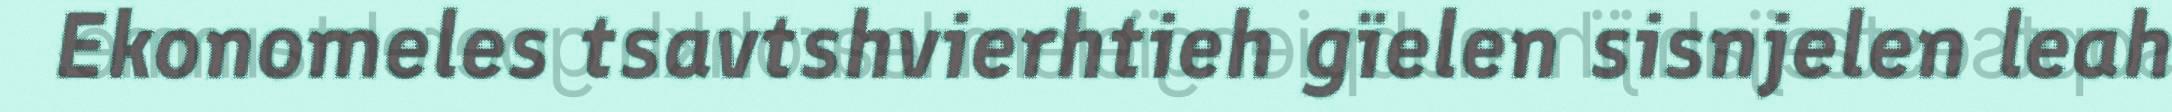
Ekonomeles tsavtshvierhtieh gïelen sisnjelen leah